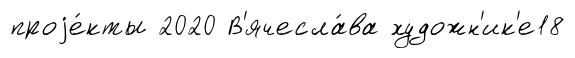
проjе́кты 2020 В'ячесла́ва художн'ик'е18